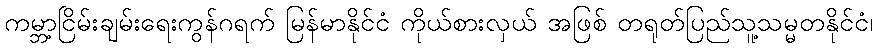
ကမ္ဘာ့ငြိမ်းချမ်းရေးကွန်ဂရက် မြန်မာနိုင်ငံ ကိုယ်စားလှယ် အဖြစ် တရုတ်ပြည်သူ့သမ္မတနိုင်ငံ၊